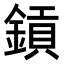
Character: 𨫋